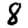
Digit: 8